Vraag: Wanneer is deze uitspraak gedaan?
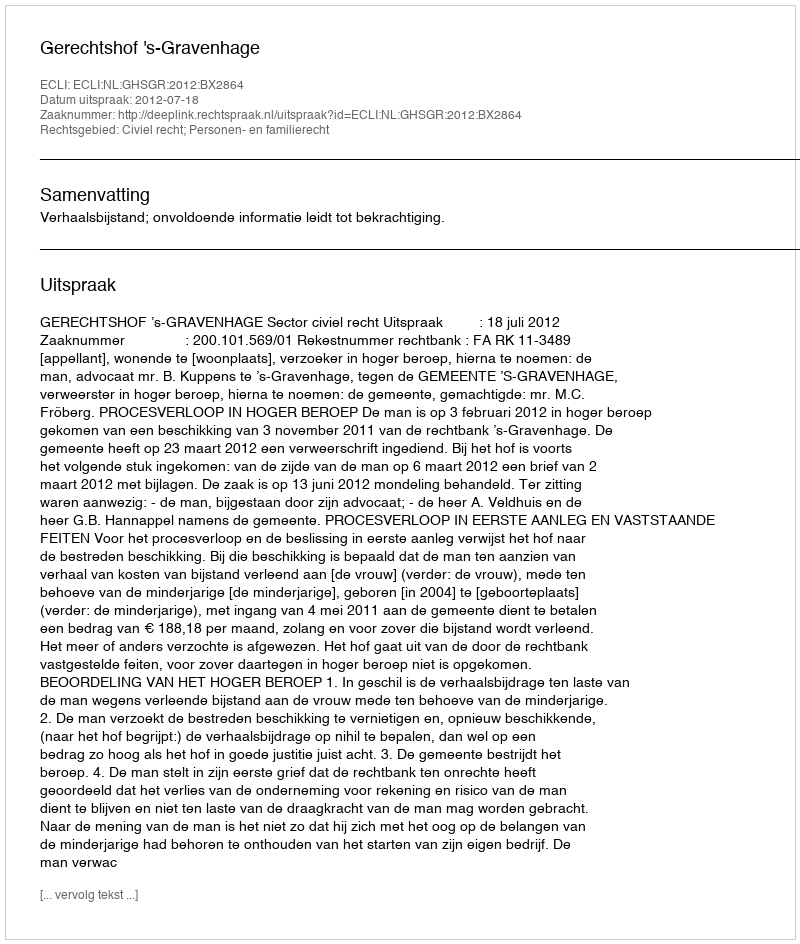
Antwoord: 2012-07-18